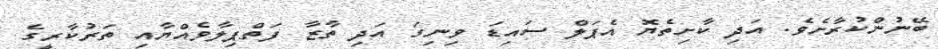
ބޭނުންކުރާށެވެ. އަދި ކާށިތެޔޮ އެޕަލް ސައިޑަ ވިނިގަ އަދި ތާޒާ ފަތްޕިލާވެއްޔާއި ތަރުކާރީގެ